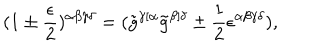
( 1 \pm { \frac { \epsilon } { 2 } } ) ^ { \alpha \beta \gamma \delta } = ( \tilde { g } ^ { \gamma [ \alpha } \tilde { g } ^ { \beta ] \delta } \pm { \frac { 1 } { 2 } } \epsilon ^ { \alpha \beta \gamma \delta } ) ,